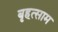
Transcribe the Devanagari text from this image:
बृहत्साम